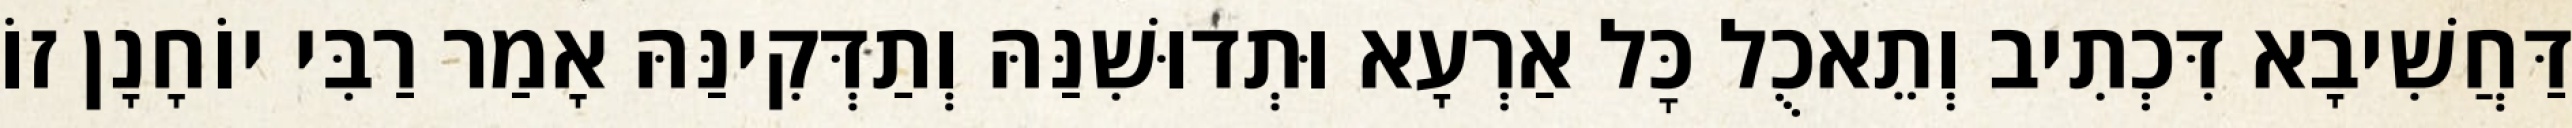
דַּחֲשִׁיבָא דִּכְתִיב וְתֵאכֻל כׇּל אַרְעָא וּתְדוּשִׁנַּהּ וְתַדְּקִינַּהּ אָמַר רַבִּי יוֹחָנָן זוֹ